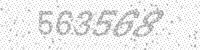
Solution: 563568